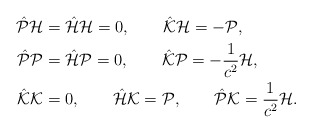
\begin{align*}\hat{\cal P}{\cal H}&=\hat{\cal H}{\cal H}=0,\qquad\hat{\cal K}{\cal H}=-{\cal P},\\\hat{\cal P}{\cal P}&=\hat{\cal H}{\cal P}=0,\qquad\hat{\cal K}{\cal P}=-\frac{1}{c^2}{\cal H},\\\hat{\cal K}{\cal K}&=0,\qquad\hat{\cal H}{\cal K}={\cal P},\qquad\hat{\cal P}{\cal K}=\frac{1}{c^2}{\cal H}.\end{align*}